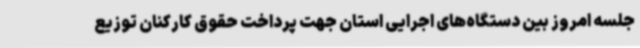
جلسه امروز بین دستگاه‌های اجرایی استان جهت پرداخت حقوق کارکنان توزیع